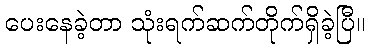
ပေးနေခဲ့တာ သုံးရက်ဆက်တိုက်ရှိခဲ့ပြီ။